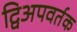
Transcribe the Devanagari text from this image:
द्विअपवर्तक